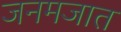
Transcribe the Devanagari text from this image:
जनमजात